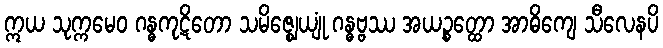
ဣယ သုက္ကမေဝ ဂန္ဓကုဋိတော သမိဇ္ဈေယျုံ ဂန္ဓဗ္ဗဿ အယဉ္စတ္ထော အာဓိကျေ သီလေနပိ